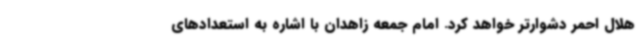
هلال احمر دشوارتر خواهد کرد. امام جمعه زاهدان با اشاره به استعدادهای